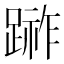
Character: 𨃼